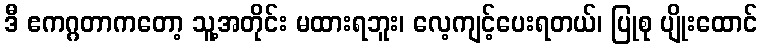
ဒီ ဧကဂ္ဂတာကတော့ သူ့အတိုင်း မထားရဘူး၊ လေ့ကျင့်ပေးရတယ်၊ ပြုစု ပျိုးထောင်